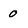
Character: 0